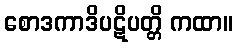
စောဒကာဒိပဋိပတ္တိ ကထာ။